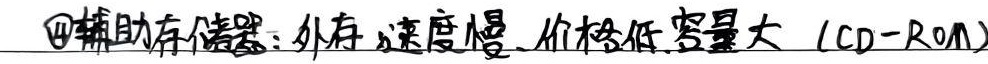
\textcircled{4}辅助存储器：外存，速度慢、价格低、容量大（CD - ROM）